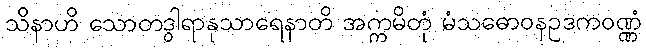
သိနာဟိ သောတဒွါရာနုသာရေနာတိ အက္ကမိတုံ မံသဓောဝနဥဒကဝဏ္ဏံ